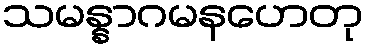
သမန္နာဂမနဟေတု